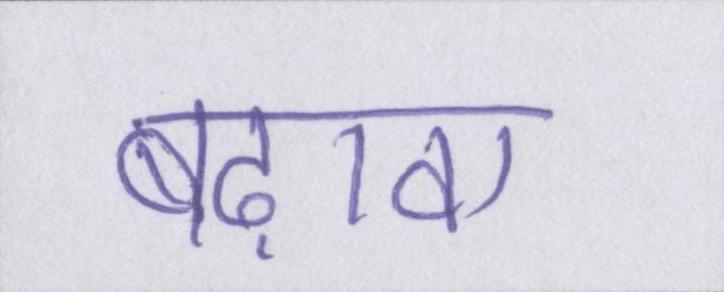
बढ़ावा